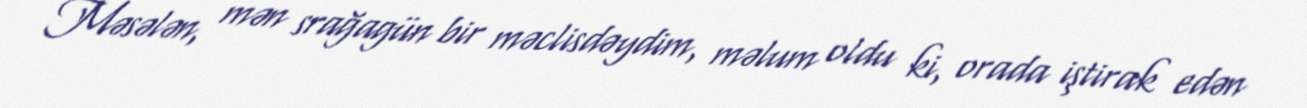
Məsələn, mən srağagün bir məclisdəydim, məlum oldu ki, orada iştirak edən